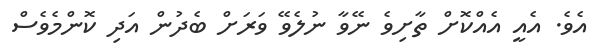
އެވެ. އެއީ އެއްކޮށް ތާށިވެ ނޭވާ ނުލެވޭ ވަރަށް ބެދުން އަދި ކޮންމެވެސް